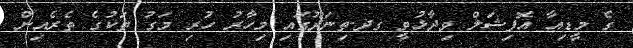
ގެ މީޑިއާ އޮފިޝަލް ވިދާޅުވީ ގދ.ތިނަދޫގައި މިހާރު ހުރި މަގު ތަކުގެ ތެރެއިން